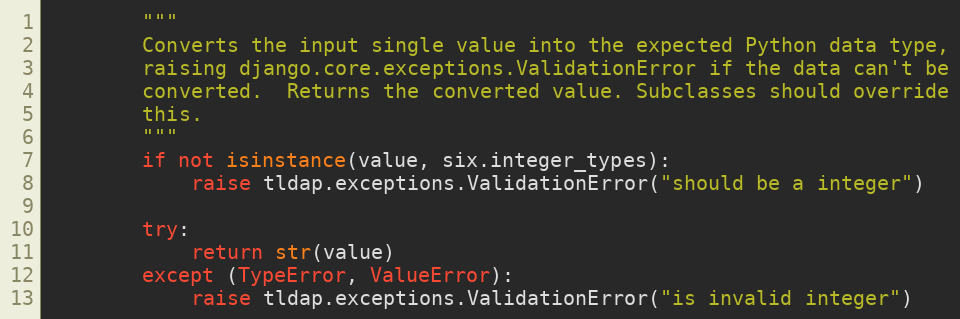
Language: Python
        """
        Converts the input single value into the expected Python data type,
        raising django.core.exceptions.ValidationError if the data can't be
        converted.  Returns the converted value. Subclasses should override
        this.
        """
        if not isinstance(value, six.integer_types):
            raise tldap.exceptions.ValidationError("should be a integer")

        try:
            return str(value)
        except (TypeError, ValueError):
            raise tldap.exceptions.ValidationError("is invalid integer")